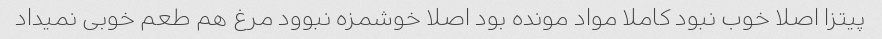
پیتزا اصلا خوب نبود کاملا مواد مونده بود اصلا خوشمزه نبوود مرغ هم طعم خوبی نمیداد